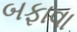
બફાવા